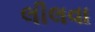
લીલવા